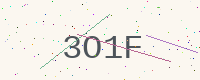
Text: 3O1F